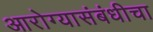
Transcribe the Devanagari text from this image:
आरोग्यासंबंधीचा